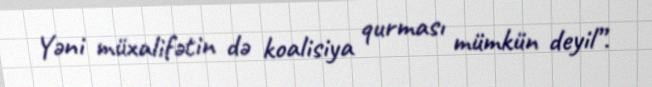
Yəni müxalifətin də koalisiya qurması mümkün deyil”.